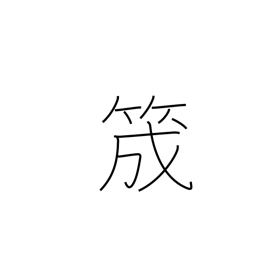
Meaning: guide for yarn on a loom